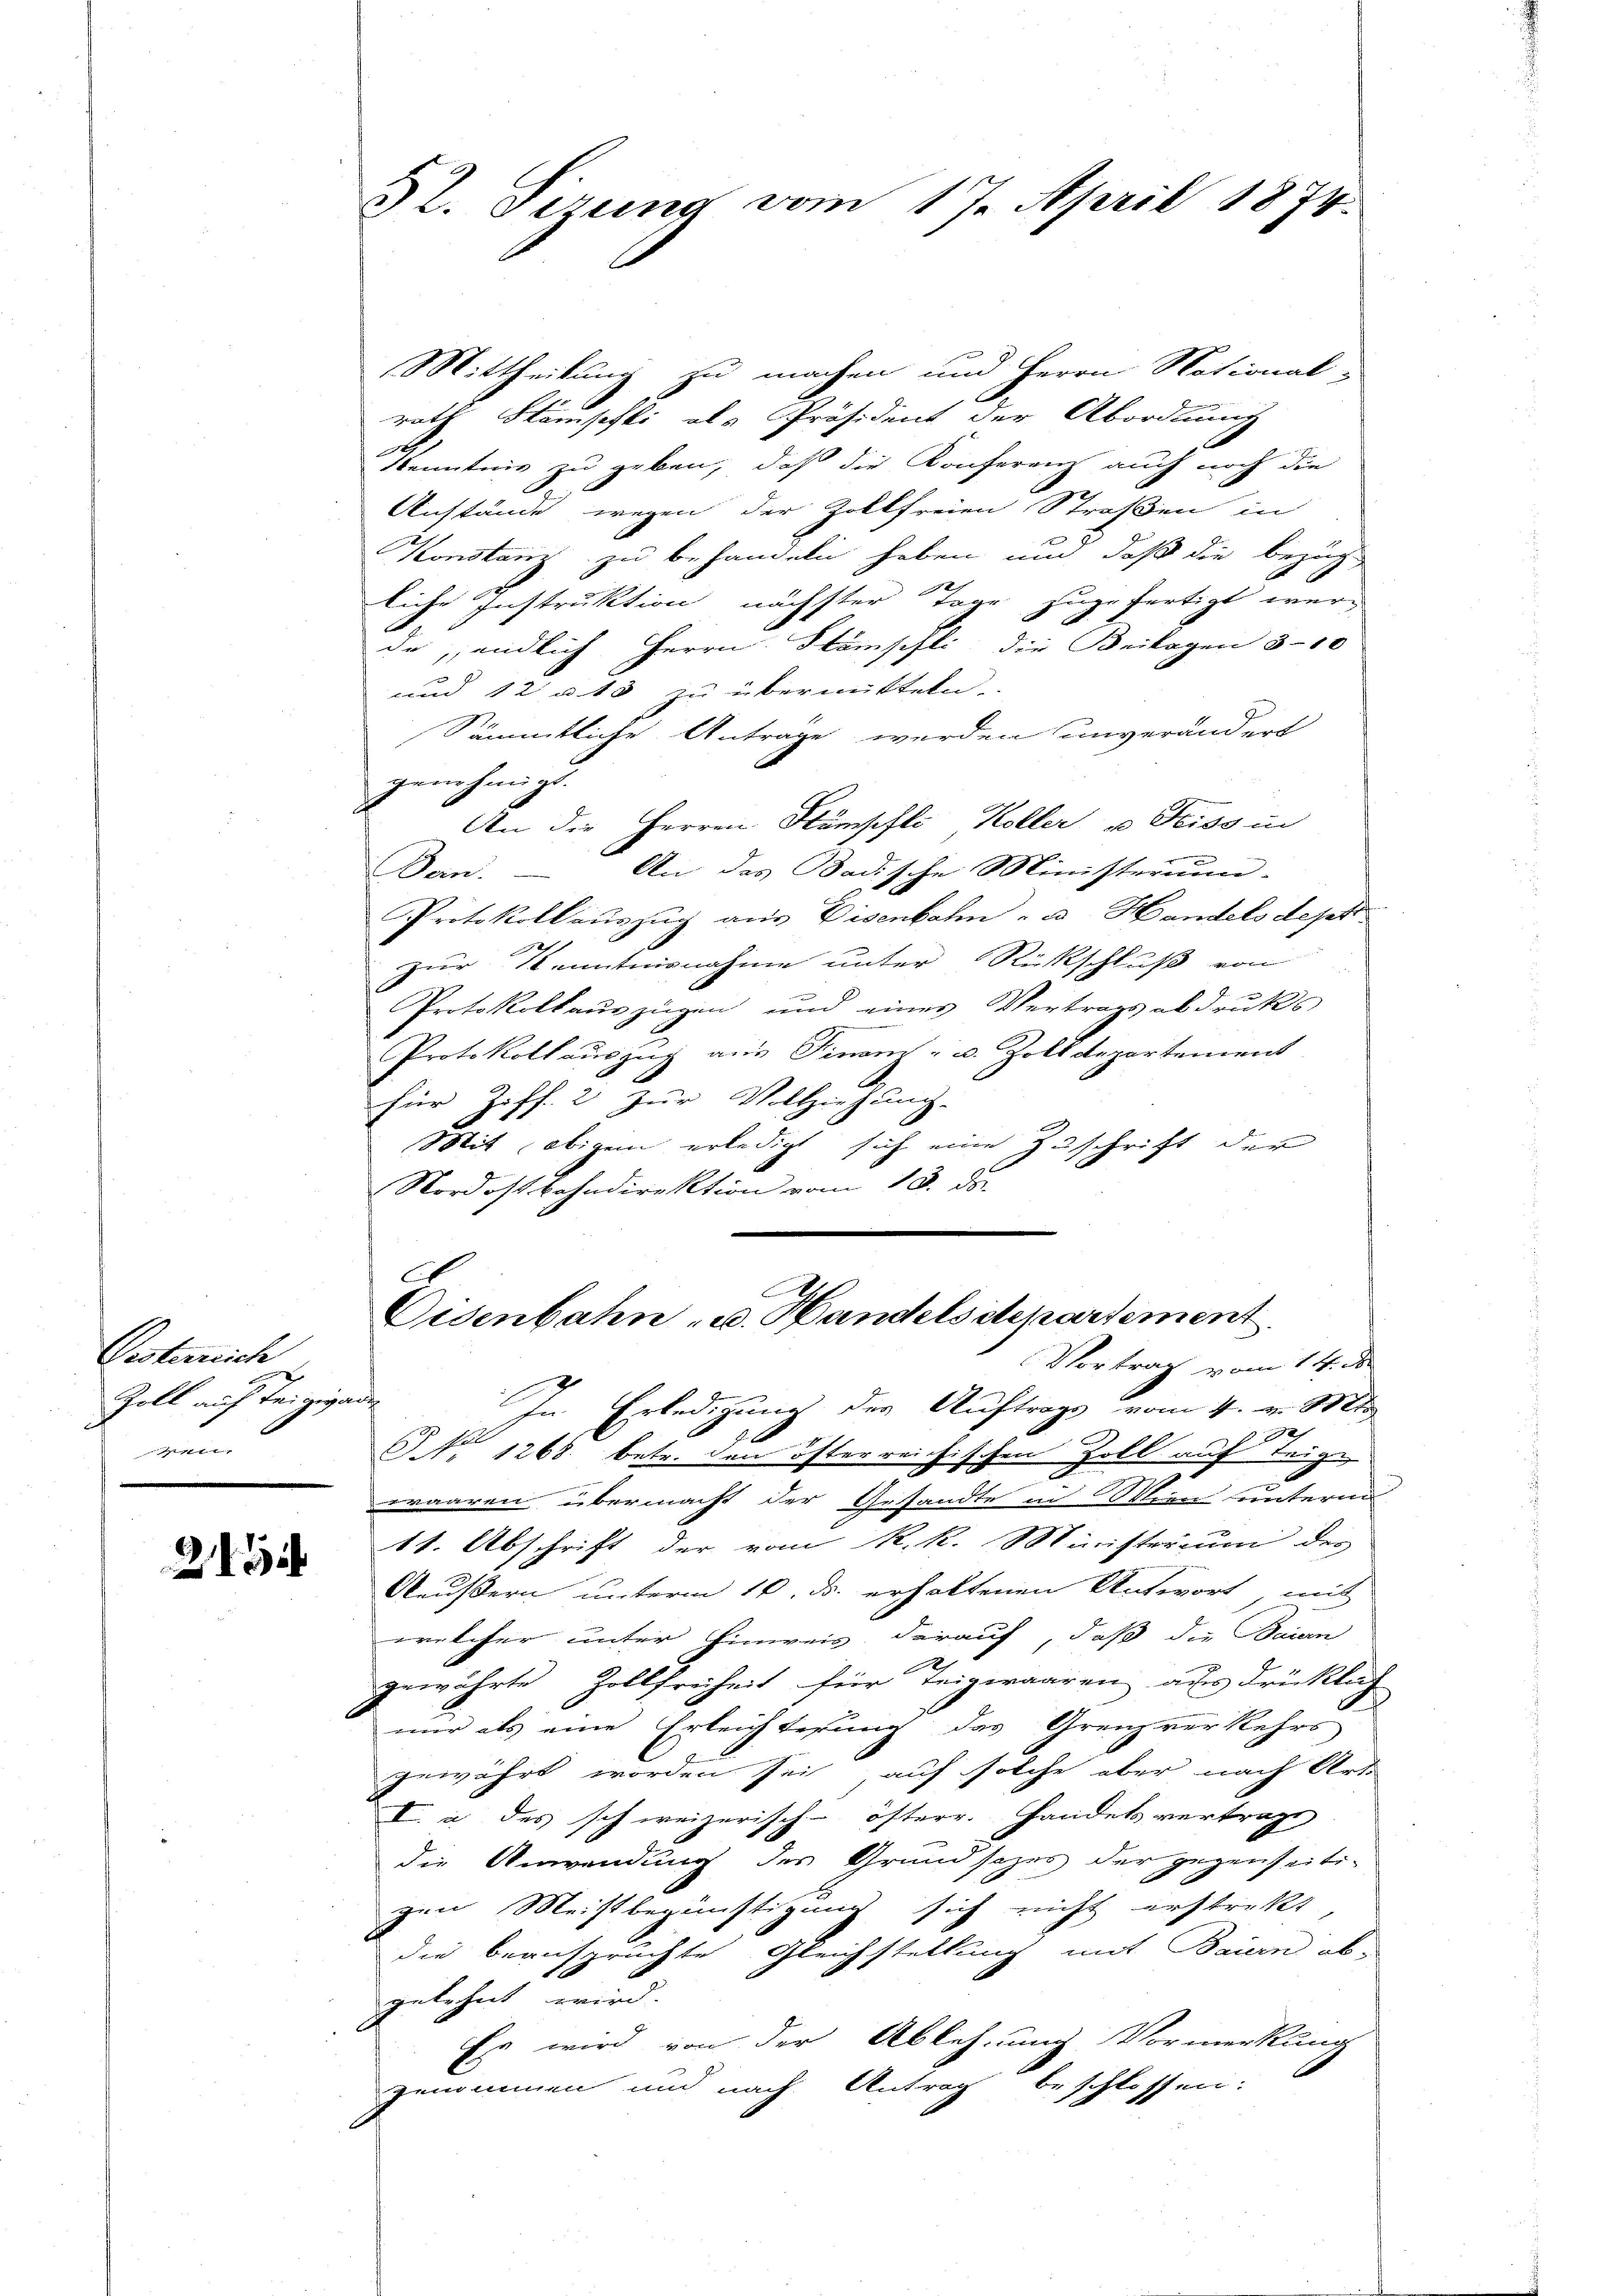
Oesterrich
Zoll auf Teigiva

2

§2. Sirung vom 17. April 1874.

Mittheilung zu machen und Herrn Notional-
rath Stämpfli als Präsident der Abordnung
Kenntnis zu geben, daß die Konferenz auch noch die
Anstände wegen der Zollfreien Straßen in
Konstanz zu behandeln haben um daß die bezug
liche Instruktion nächster Tage zugefertigt wer¬
2
de, endlich Herrn Stömschli die Beilagen 310
o
und 12 u. 13 zu übermitteln.
Sämmtliche Antrage werden unverändert
genehmigt.
An die Herren Stämpfli, Koller u Freiss in
.
Dein. – An das Badische Ministerium-
Protokollauszug aus Eisenbahn - u. Handels dept
1
zur Kenntnisnahme unter Rückschluß von
Protokollauszügen und eines Vertrags abdruks
Protokollauszug aus Finanz- u. Zolldepartement
für Ziff. 2 zur Vollziehung.
Mit obigen erledigt sich eine Zuschrift der
Nordostbahndirektion vom 13. ds.
.
A
Eisenbahn u. Handelsdepartement
Vortrag vom 14. ds.
¬
In Erledigung der Auftrags vom 4. v. Mts.
s
§ 1268. betr. den österreichischen Zoll auf Teige
waaren, übermacht der Gesandte in Wien untern
18. Abschrift der vom R. k. Ministricum der
Aeußern unterm 10. ds. erhaltenen Antwort, mit
welcher unter Hinweis darauf, daß die Baiern
gewährte Zollfreiheit für Teigwaaren aus drücklich
mir als eine Erleichterung das Grenzverkehrs
gewährt worden sei, auf solche aber nach Art.
I. a des schweizerisch-österr. Handels vertragt
die Anwendung des Grundsazes der gegenseiti-
gen Meistbegünstigung sich nicht erstrikt,
die beanspruchte Gleichstellung mit Bauern ab-
gelehnt wird.
Es wird von der Ablehnung Vormerkung
genommen und nach Antrag beschlossen: